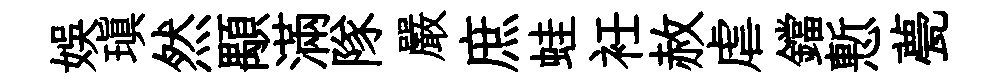
娱瑱然顒滿隊嚴庶蛙衽赦虐鐺慙甍